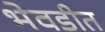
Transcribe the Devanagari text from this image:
भेवडीत